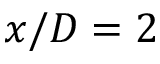
x / D = 2